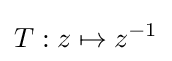
T:z\mapsto z^{-1}